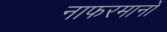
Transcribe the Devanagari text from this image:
नाफरमानों